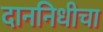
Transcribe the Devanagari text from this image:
दाननिधीचा